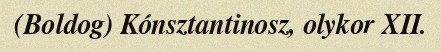
(Boldog) Kónsztantinosz, olykor XII.